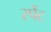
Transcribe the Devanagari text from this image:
स्पेंट